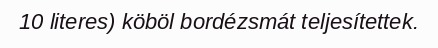
10 literes) köböl bordézsmát teljesítettek.